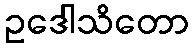
ဥဒေါသိတော